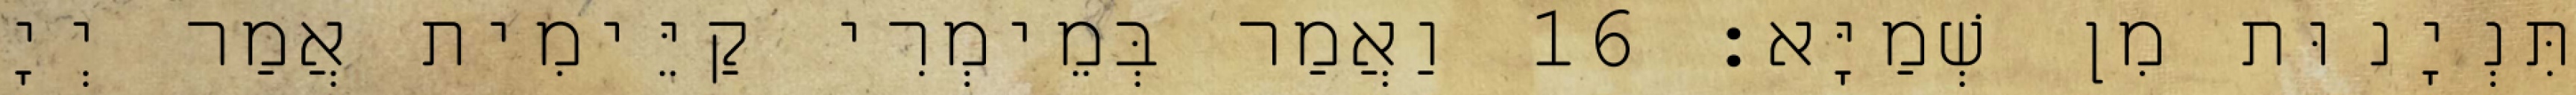
תִּנְיָנוּת מִן שְׁמַיָּא׃ 16 וַאֲמַר בְּמֵימְרִי קַיֵּימִית אֲמַר יְיָ